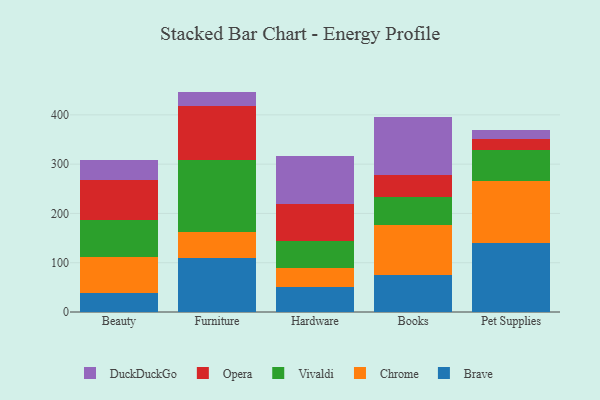
{"axis": {"x": "Category", "y": "Page Views"}, "legend": ["Brave", "Chrome", "DuckDuckGo", "Opera", "Vivaldi"], "data": [{"x": "Beauty", "y": 39.3, "type": "Brave"}, {"x": "Beauty", "y": 73.0, "type": "Chrome"}, {"x": "Beauty", "y": 73.9, "type": "Vivaldi"}, {"x": "Beauty", "y": 81.3, "type": "Opera"}, {"x": "Beauty", "y": 40.6, "type": "DuckDuckGo"}, {"x": "Furniture", "y": 110.3, "type": "Brave"}, {"x": "Furniture", "y": 51.5, "type": "Chrome"}, {"x": "Furniture", "y": 146.5, "type": "Vivaldi"}, {"x": "Furniture", "y": 110.2, "type": "Opera"}, {"x": "Furniture", "y": 28.7, "type": "DuckDuckGo"}, {"x": "Hardware", "y": 50.8, "type": "Brave"}, {"x": "Hardware", "y": 37.5, "type": "Chrome"}, {"x": "Hardware", "y": 56.7, "type": "Vivaldi"}, {"x": "Hardware", "y": 75.1, "type": "Opera"}, {"x": "Hardware", "y": 96.3, "type": "DuckDuckGo"}, {"x": "Books", "y": 75.7, "type": "Brave"}, {"x": "Books", "y": 101.0, "type": "Chrome"}, {"x": "Books", "y": 56.6, "type": "Vivaldi"}, {"x": "Books", "y": 44.4, "type": "Opera"}, {"x": "Books", "y": 117.1, "type": "DuckDuckGo"}, {"x": "Pet Supplies", "y": 140.7, "type": "Brave"}, {"x": "Pet Supplies", "y": 126.0, "type": "Chrome"}, {"x": "Pet Supplies", "y": 62.9, "type": "Vivaldi"}, {"x": "Pet Supplies", "y": 21.1, "type": "Opera"}, {"x": "Pet Supplies", "y": 19.2, "type": "DuckDuckGo"}]}